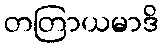
တတြာယမာဒိ